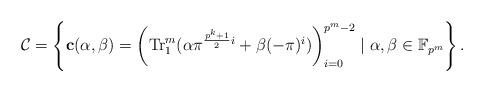
LaTeX: \begin{align*}\mathcal{C}=\left\{\textbf{c}(\alpha,\beta)=\left({\rm Tr}_1^m(\alpha\pi^{\frac{p^k+1}{2}i}+\beta(-\pi)^{i})\right)_{i=0}^{p^m-2}\mid \alpha,\beta \in \mathbb{F}_{p^m}\right\}.\end{align*}